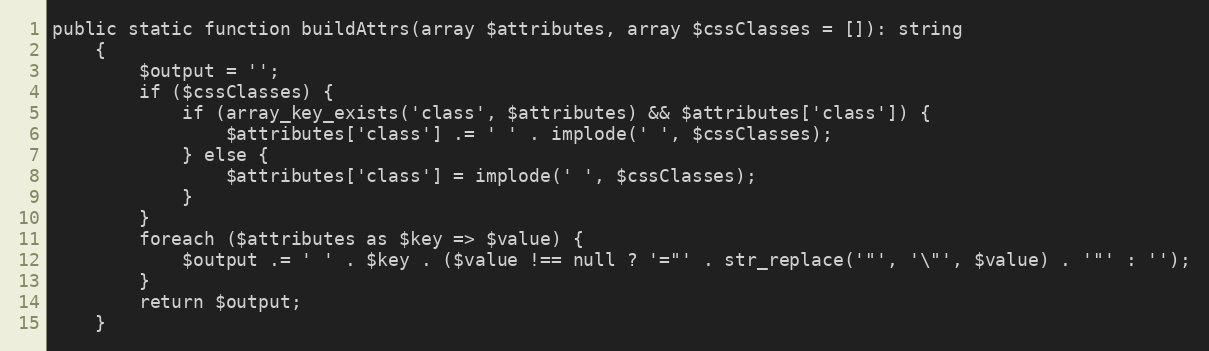
Language: PHP
public static function buildAttrs(array $attributes, array $cssClasses = []): string
    {
        $output = '';
        if ($cssClasses) {
            if (array_key_exists('class', $attributes) && $attributes['class']) {
                $attributes['class'] .= ' ' . implode(' ', $cssClasses);
            } else {
                $attributes['class'] = implode(' ', $cssClasses);
            }
        }
        foreach ($attributes as $key => $value) {
            $output .= ' ' . $key . ($value !== null ? '="' . str_replace('"', '\"', $value) . '"' : '');
        }
        return $output;
    }